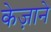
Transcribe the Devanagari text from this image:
केज़ाने